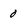
Character: 0